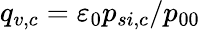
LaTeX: q_{v,c}={\varepsilon}_{0}p_{si,c}/p_{00}